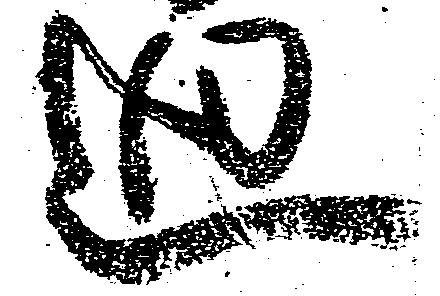
廻